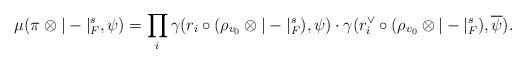
LaTeX: \begin{align*} \mu( \pi \otimes |-|_F^s , \psi ) = \prod_i \gamma(r_i \circ (\rho_{v_0} \otimes |-|_F^s), \psi) \cdot \gamma( r_i^{\vee}\circ (\rho_{v_0} \otimes |-|_F^s), \overline{\psi}). \end{align*}